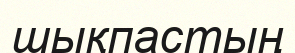
шықпастың